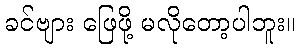
ခင်ဗျား ဖြေဖို့ မလိုတော့ပါဘူး။